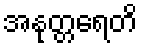
အနုတ္တရေတိ